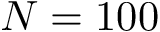
N = 1 0 0